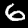
Digit: 6